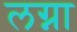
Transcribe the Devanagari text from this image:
लग्ना